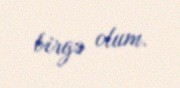
birgə olum.